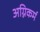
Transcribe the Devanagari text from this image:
अग्निकर्म